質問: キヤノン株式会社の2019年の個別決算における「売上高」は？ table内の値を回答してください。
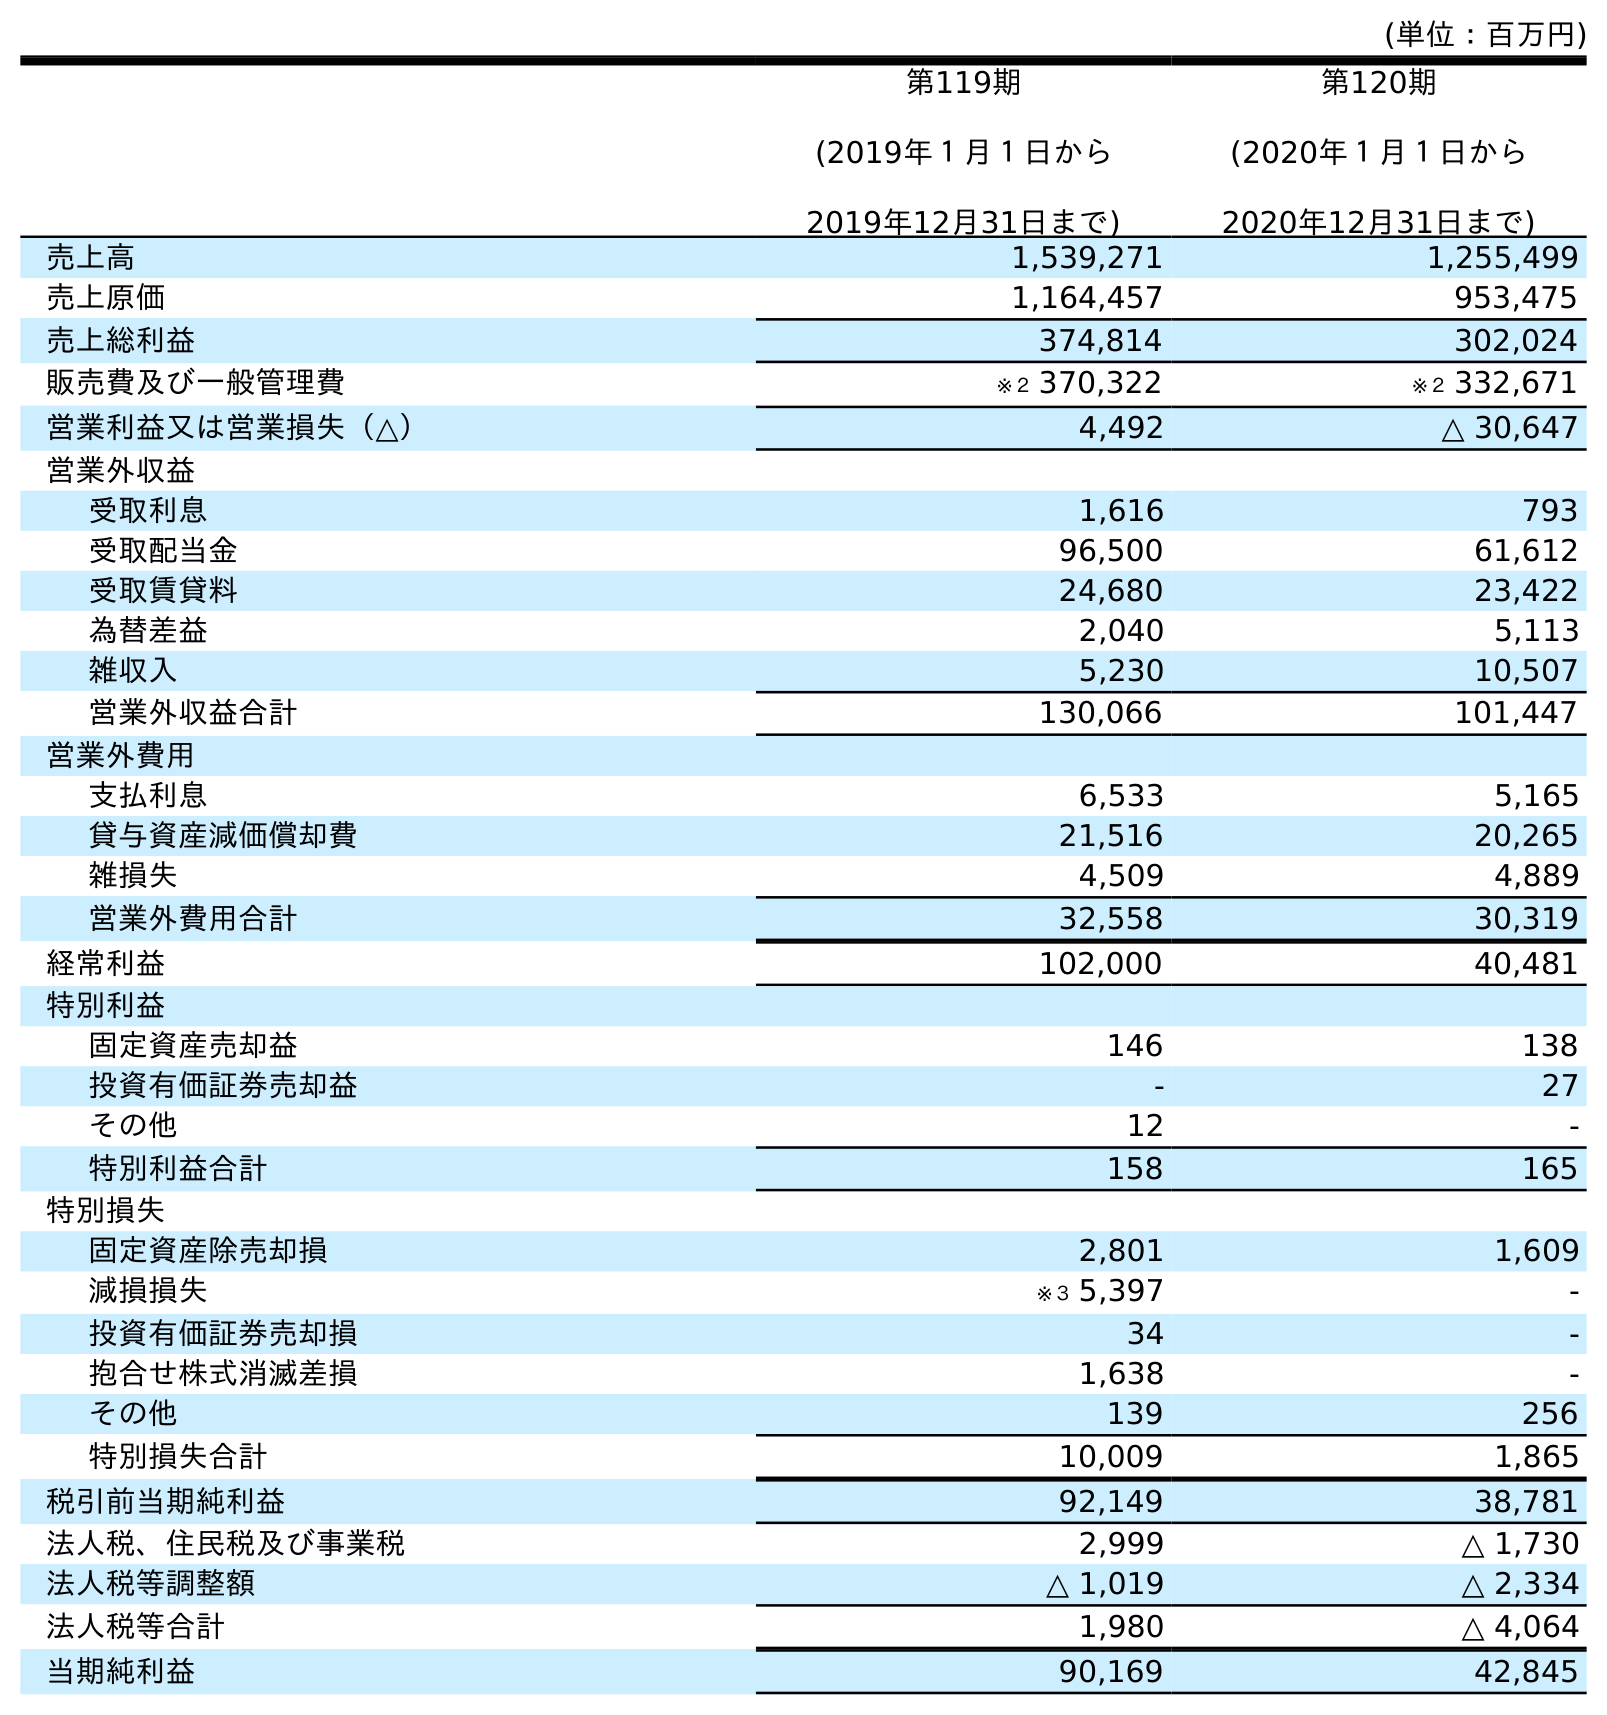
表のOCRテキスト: (単位：百万円) 第119期 (2019年１月１日から 2019年12月31日まで) 第120期 (2020年１月１日から 2020年12月31日まで) 売上高 1,539,271 1,255,499 売上原価 1,164,457 953,475 売上総利益 374,814 302,024 販売費及び一般管理費 ※２ 370,322 ※２ 332,671 営業利益又は営業損失（△） 4,492 △ 30,647 営業外収益 受取利息 1,616 793 受取配当金 96,500 61,612 受取賃貸料 24,680 23,422 為替差益 2,040 5,113 雑収入 5,230 10,507 営業外収益合計 130,066 101,447 営業外費用 支払利息 6,533 5,165 貸与資産減価償却費 21,516 20,265 雑損失 4,509 4,889 営業外費用合計 32,558 30,319 経常利益 102,000 40,481 特別利益 固定資産売却益 146 138 投資有価証券売却益 - 27 その他 12 - 特別利益合計 158 165 特別損失 固定資産除売却損 2,801 1,609 減損損失 ※３ 5,397 - 投資有価証券売却損 34 - 抱合せ株式消滅差損 1,638 - その他 139 256 特別損失合計 10,009 1,865 税引前当期純利益 92,149 38,781 法人税、住民税及び事業税 2,999 △ 1,730 法人税等調整額 △ 1,019 △ 2,334 法人税等合計 1,980 △ 4,064 当期純利益 90,169 42,845
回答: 1,539,271